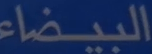
البيضاء